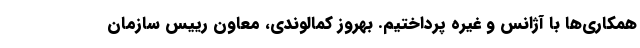
همکاری‌ها با آژانس و غیره پرداختیم. بهروز کمالوندی، معاون رییس سازمان